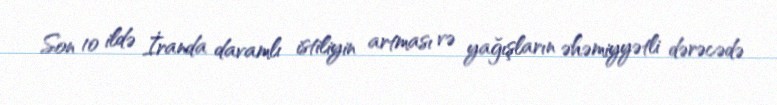
Son 10 ildə İranda davamlı istiliyin artması və yağışların əhəmiyyətli dərəcədə